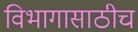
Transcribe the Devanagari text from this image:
विभागासाठीच